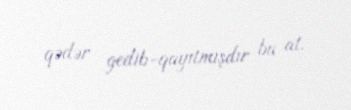
qədər gedib-qayıtmışdır bu at.